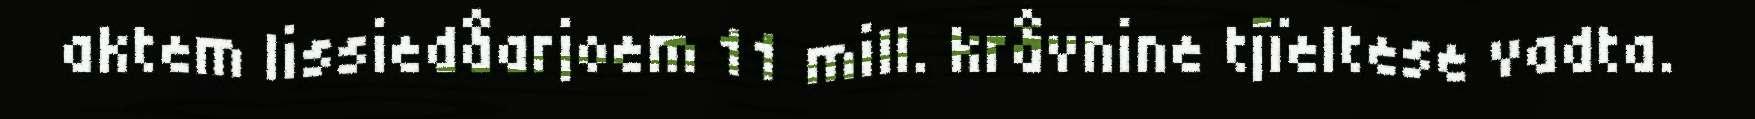
aktem lissiedåarjoem 11 mill. kråvnine tjïeltese vadta.